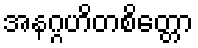
အနဂ္ဂဟိတစိတ္တော